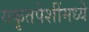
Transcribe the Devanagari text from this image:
यकृतपेशींमध्ये